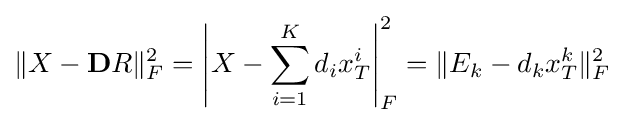
\|X-\mathbf {D} R\|_{F}^{2}=\left|X-\sum _{i=1}^{K}d_{i}x_{T}^{i}\right|_{F}^{2}=\|E_{k}-d_{k}x_{T}^{k}\|_{F}^{2}